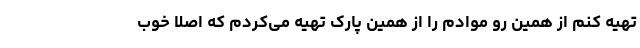
تهیه کنم از همین رو موادم را از همین پارک تهیه می‌کردم که اصلا خوب